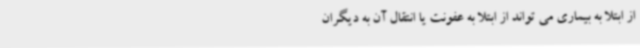
از ابتلا به بیماری می تواند از ابتلا به عفونت یا انتقال آن به دیگران